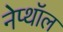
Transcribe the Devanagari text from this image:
नेप्थॉल